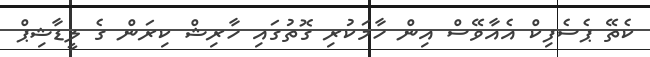
ކެތޭ ޕެސެފިކް އެއާވޭސް އިން ހާމަކުރި ގޮތުގައި ހާރިޝް ކިރަން ގެ ލީޑާޝިޕް